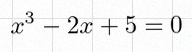
x^3-2x+5=0